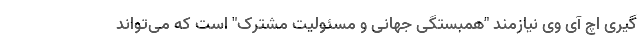
گیری اچ آی وی نیازمند "همبستگی جهانی و مسئولیت مشترک" است که می‌تواند